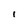
Character: I